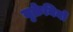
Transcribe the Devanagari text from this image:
युक्रेनियों